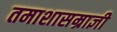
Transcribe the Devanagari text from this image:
तमाशासम्राज्ञी